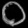
Digit: ၀